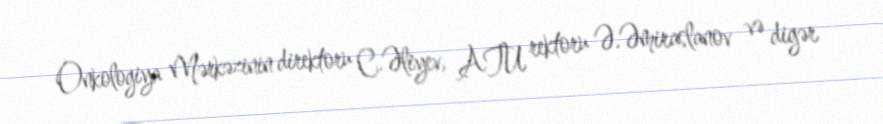
Onkologiya Mərkəzinin direktoru C.Əliyev, ATU rektoru Ə.Əmiraslanov və digər